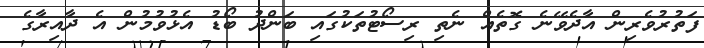
ފަތުރުވެރިން އާދެވޭނެ ގޮތެއް ނެތި ރިސޯޓުތަކުގައި ބަންދު ބޯޑު އެޅުވުމުން އެ ދާއިރާގެ